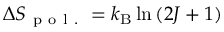
\Delta S _ { \mathrm { ~ p ~ o ~ l ~ . ~ } } = k _ { \mathrm { B } } \ln { ( 2 J + 1 ) }